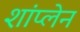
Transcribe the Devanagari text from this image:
शांप्लेन